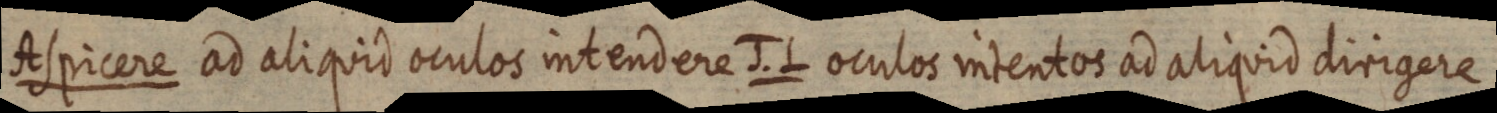
Aspicere ad aliquid oculos intendere J. L oculos intentos ad aliquid dirigere